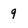
Character: 9